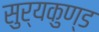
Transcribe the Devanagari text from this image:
सुर्यकुण्ड